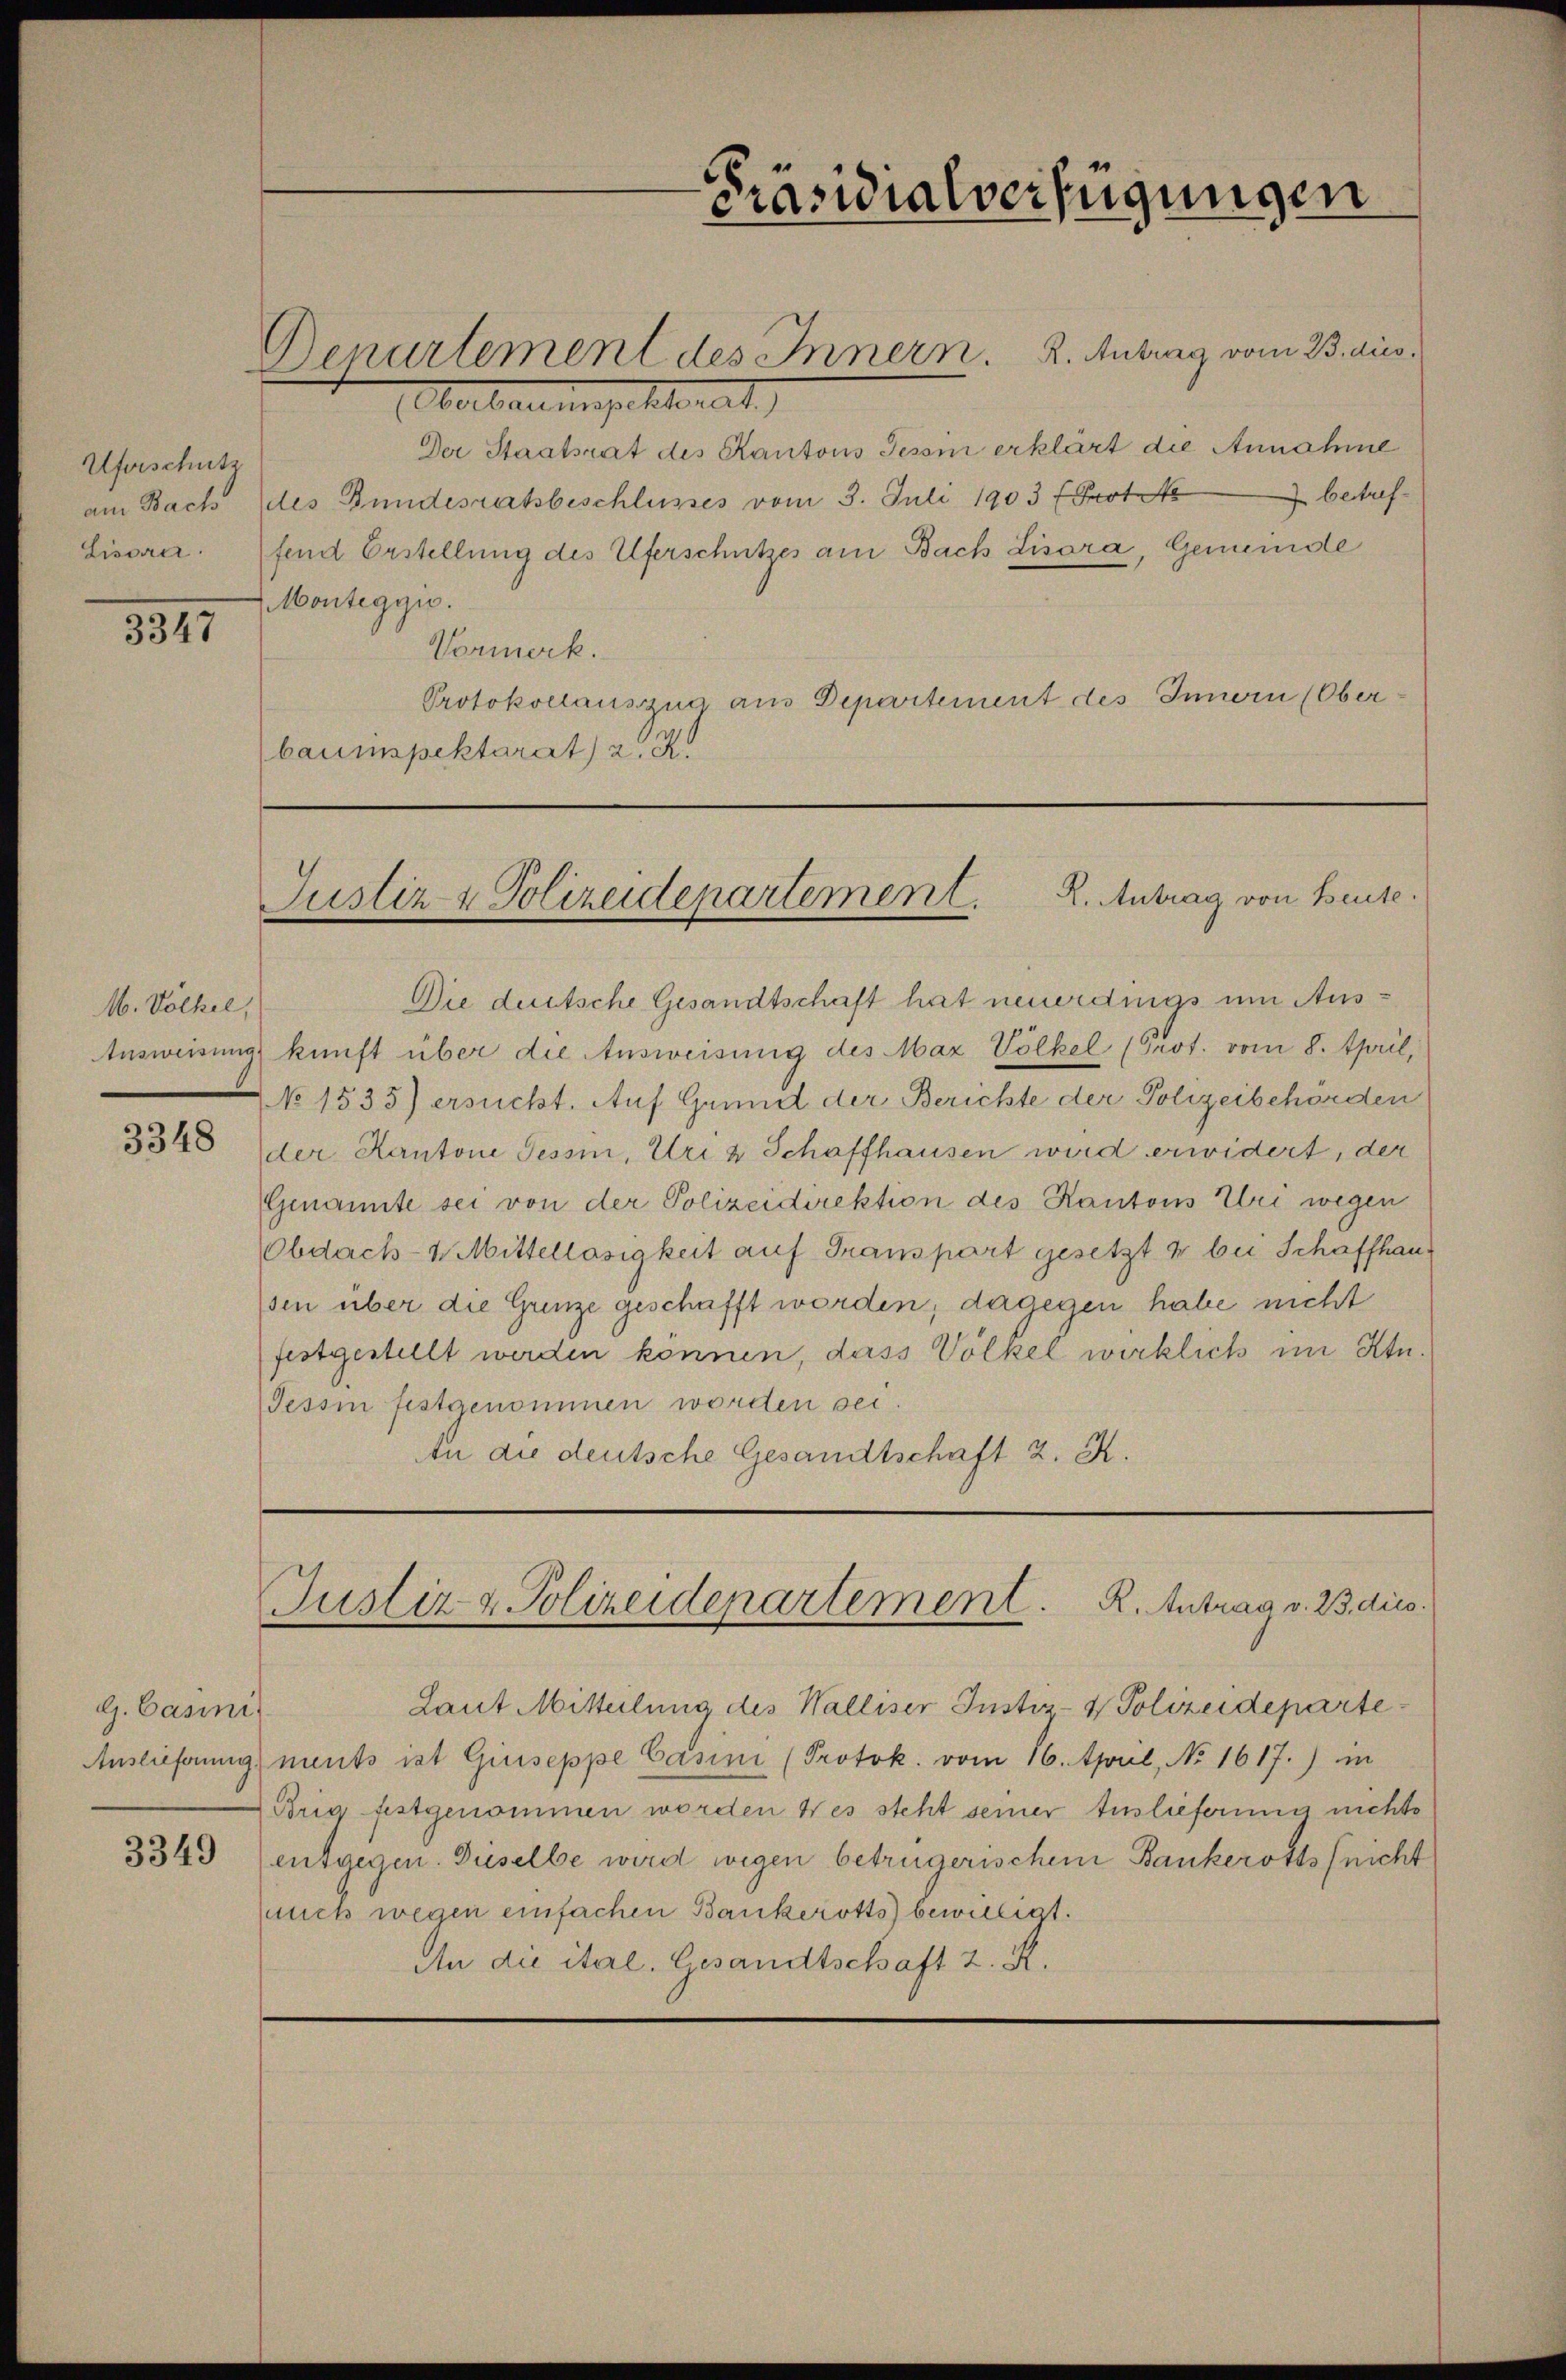
Uferschutz
am Bach
Lisori

8341

M. Völkel,

3348

G. Casini

3349

Oberbauinspektorat
Der Staatsrat des Kantons Tessin erklärt die Annahme
des Bundesratsbeschlusses vom 3. Juli 1903 (Proto betreffend Erstellung des Uferschutzes am Bach Lisora, Gemeinde
Monteggio.
Vormerk.
Protokollauszug aus Departement des Innern (Oberbauinspektarat) a. 2

Präsidialverfügungen

Departement des Innern. 2. Antrag vom 23. aus.

Justiz & Polizeidepartement. 2. Antrag von Beute.

Justiz & Polizeidepartement. R. Antrag v. 23. dies

Die deutsche Gesandtschaft hat neuerdings um Aus¬
Ausweisung kunft über die Ausweisung des Max Völkel (Prot. vom 8. April,
No 1535) ersucht. Auf Grund der Berichte der Polizeibehörden
der Kantone Tessin, Uri & Schaffhausen wird erwidert, der
Genannte sei von der Polizeidirektion des Kantons Uri wegen
Obdack-4 Mittelläsigkeit auf Transpart gesetzt & bei Schaffhaussen über die Grenze geschafft worden; dagegen habe nicht
festgestellt werden können, dass Völkel wirklich im Ktu¬
Tessin festgenommen worden sei.
An die deutsche Gesandtschaft 2. K.

Laut Mitteilung des Walliser Justiz- & Polizeideparte¬
Auslieferung ments ist Giuseppe Casini (Protok. vom 16. April, No 1617.) in
Brig festgenommen worden des steht seiner Auslieferung nichts
entgegen. Dieselbe wird wegen betrügerischen Bankerotts (nicht
auch wegen einfachen Bankerotts bewilligt.
An die ital. Gesandtschaft z. R.